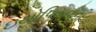
ઇથોપિયનોની